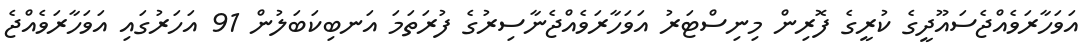
އަވަހާރަވެއްޖެސައޫދީގެ ކުރީގެ ފޮރިން މިނިސްޓަރު އަވަހާރަވެއްޖެނާސިރުގެ ފުރަތަމަ އަނބިކަބަލުން 91 އަހަރުގައި އަވަހާރަވެއްޖެ